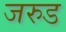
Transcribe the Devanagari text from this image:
जरुड